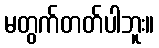
မတွက်တတ်ပါဘူး။